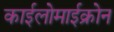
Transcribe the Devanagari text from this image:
काईलोमाईक्रोन